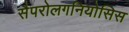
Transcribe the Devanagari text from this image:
सैपरोलगनियोसिस